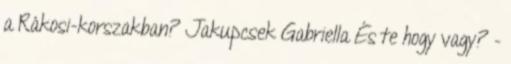
a Rákosi-korszakban? Jakupcsek Gabriella És te hogy vagy? -